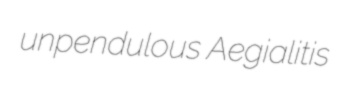
unpendulous Aegialitis